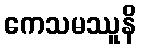
ကေသမဿူနိ